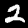
Label: 2